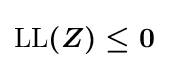
{\boldsymbol {{\text{LL}}(Z)\leq 0}}